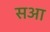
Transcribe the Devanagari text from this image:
सआ